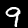
Label: 9